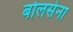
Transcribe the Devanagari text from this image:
बोलसेना